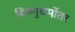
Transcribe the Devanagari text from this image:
विष्णुधर्मोतर